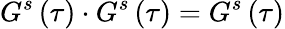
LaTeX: G^{s}\left(\tau\right)\cdot G^{s}\left(\tau\right)=G^{s}\left(\tau\right)